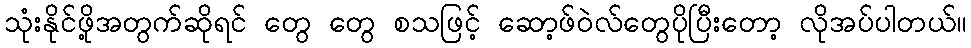
သုံးနိုင်ဖို့အတွက်ဆိုရင် တွေ တွေ စသဖြင့် ဆော့ဖ်ဝဲလ်တွေပိုပြီးတော့ လိုအပ်ပါတယ်။